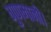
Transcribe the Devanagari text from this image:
गुणमानी।